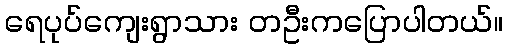
ရေပုပ်ကျေးရွာသား တဦးကပြောပါတယ်။